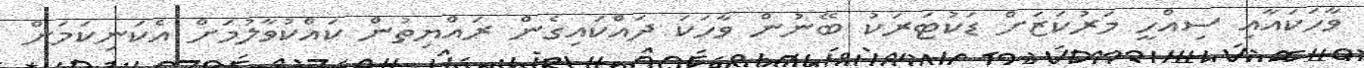
ވާހަކައާއި ސިއްހީ މަރުކަޒަށް ޑަކުޓަރަކު ބޭނުން ވާހަކަ ދައްކައިގެން ރައްޔިތުން ކައްކުވާލުމަށް އެކަނިކަމަށް